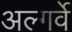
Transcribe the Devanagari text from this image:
अल्गर्वे